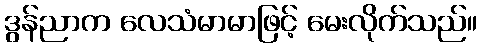
ဒွန်ညာက လေသံမာမာဖြင့် မေးလိုက်သည်။